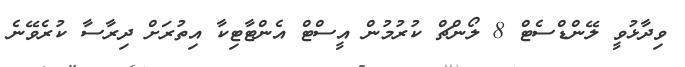
ވިދާޅުވީ ލޭންޑްސެޓް 8 ލޯންޗް ކުރުމުން އީސްޓް އެންޓާޓިކާ އިތުރަށް ދިރާސާ ކުރެވޭނެ